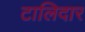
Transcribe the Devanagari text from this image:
टालिदार